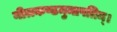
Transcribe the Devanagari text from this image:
नीलकण्ठमुमापतिम्।